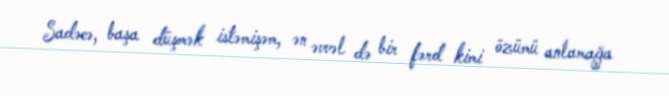
Sadəcə, başa düşmək istəmişəm, ən əvvəl də bir fərd kimi özümü anlamağa